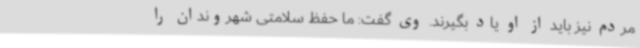
مردم نیز باید از او یاد بگیرند. وی گفت: ما حفظ سلامتی شهروندان را